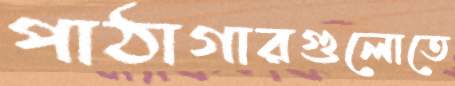
পাঠাগারগুলোতে